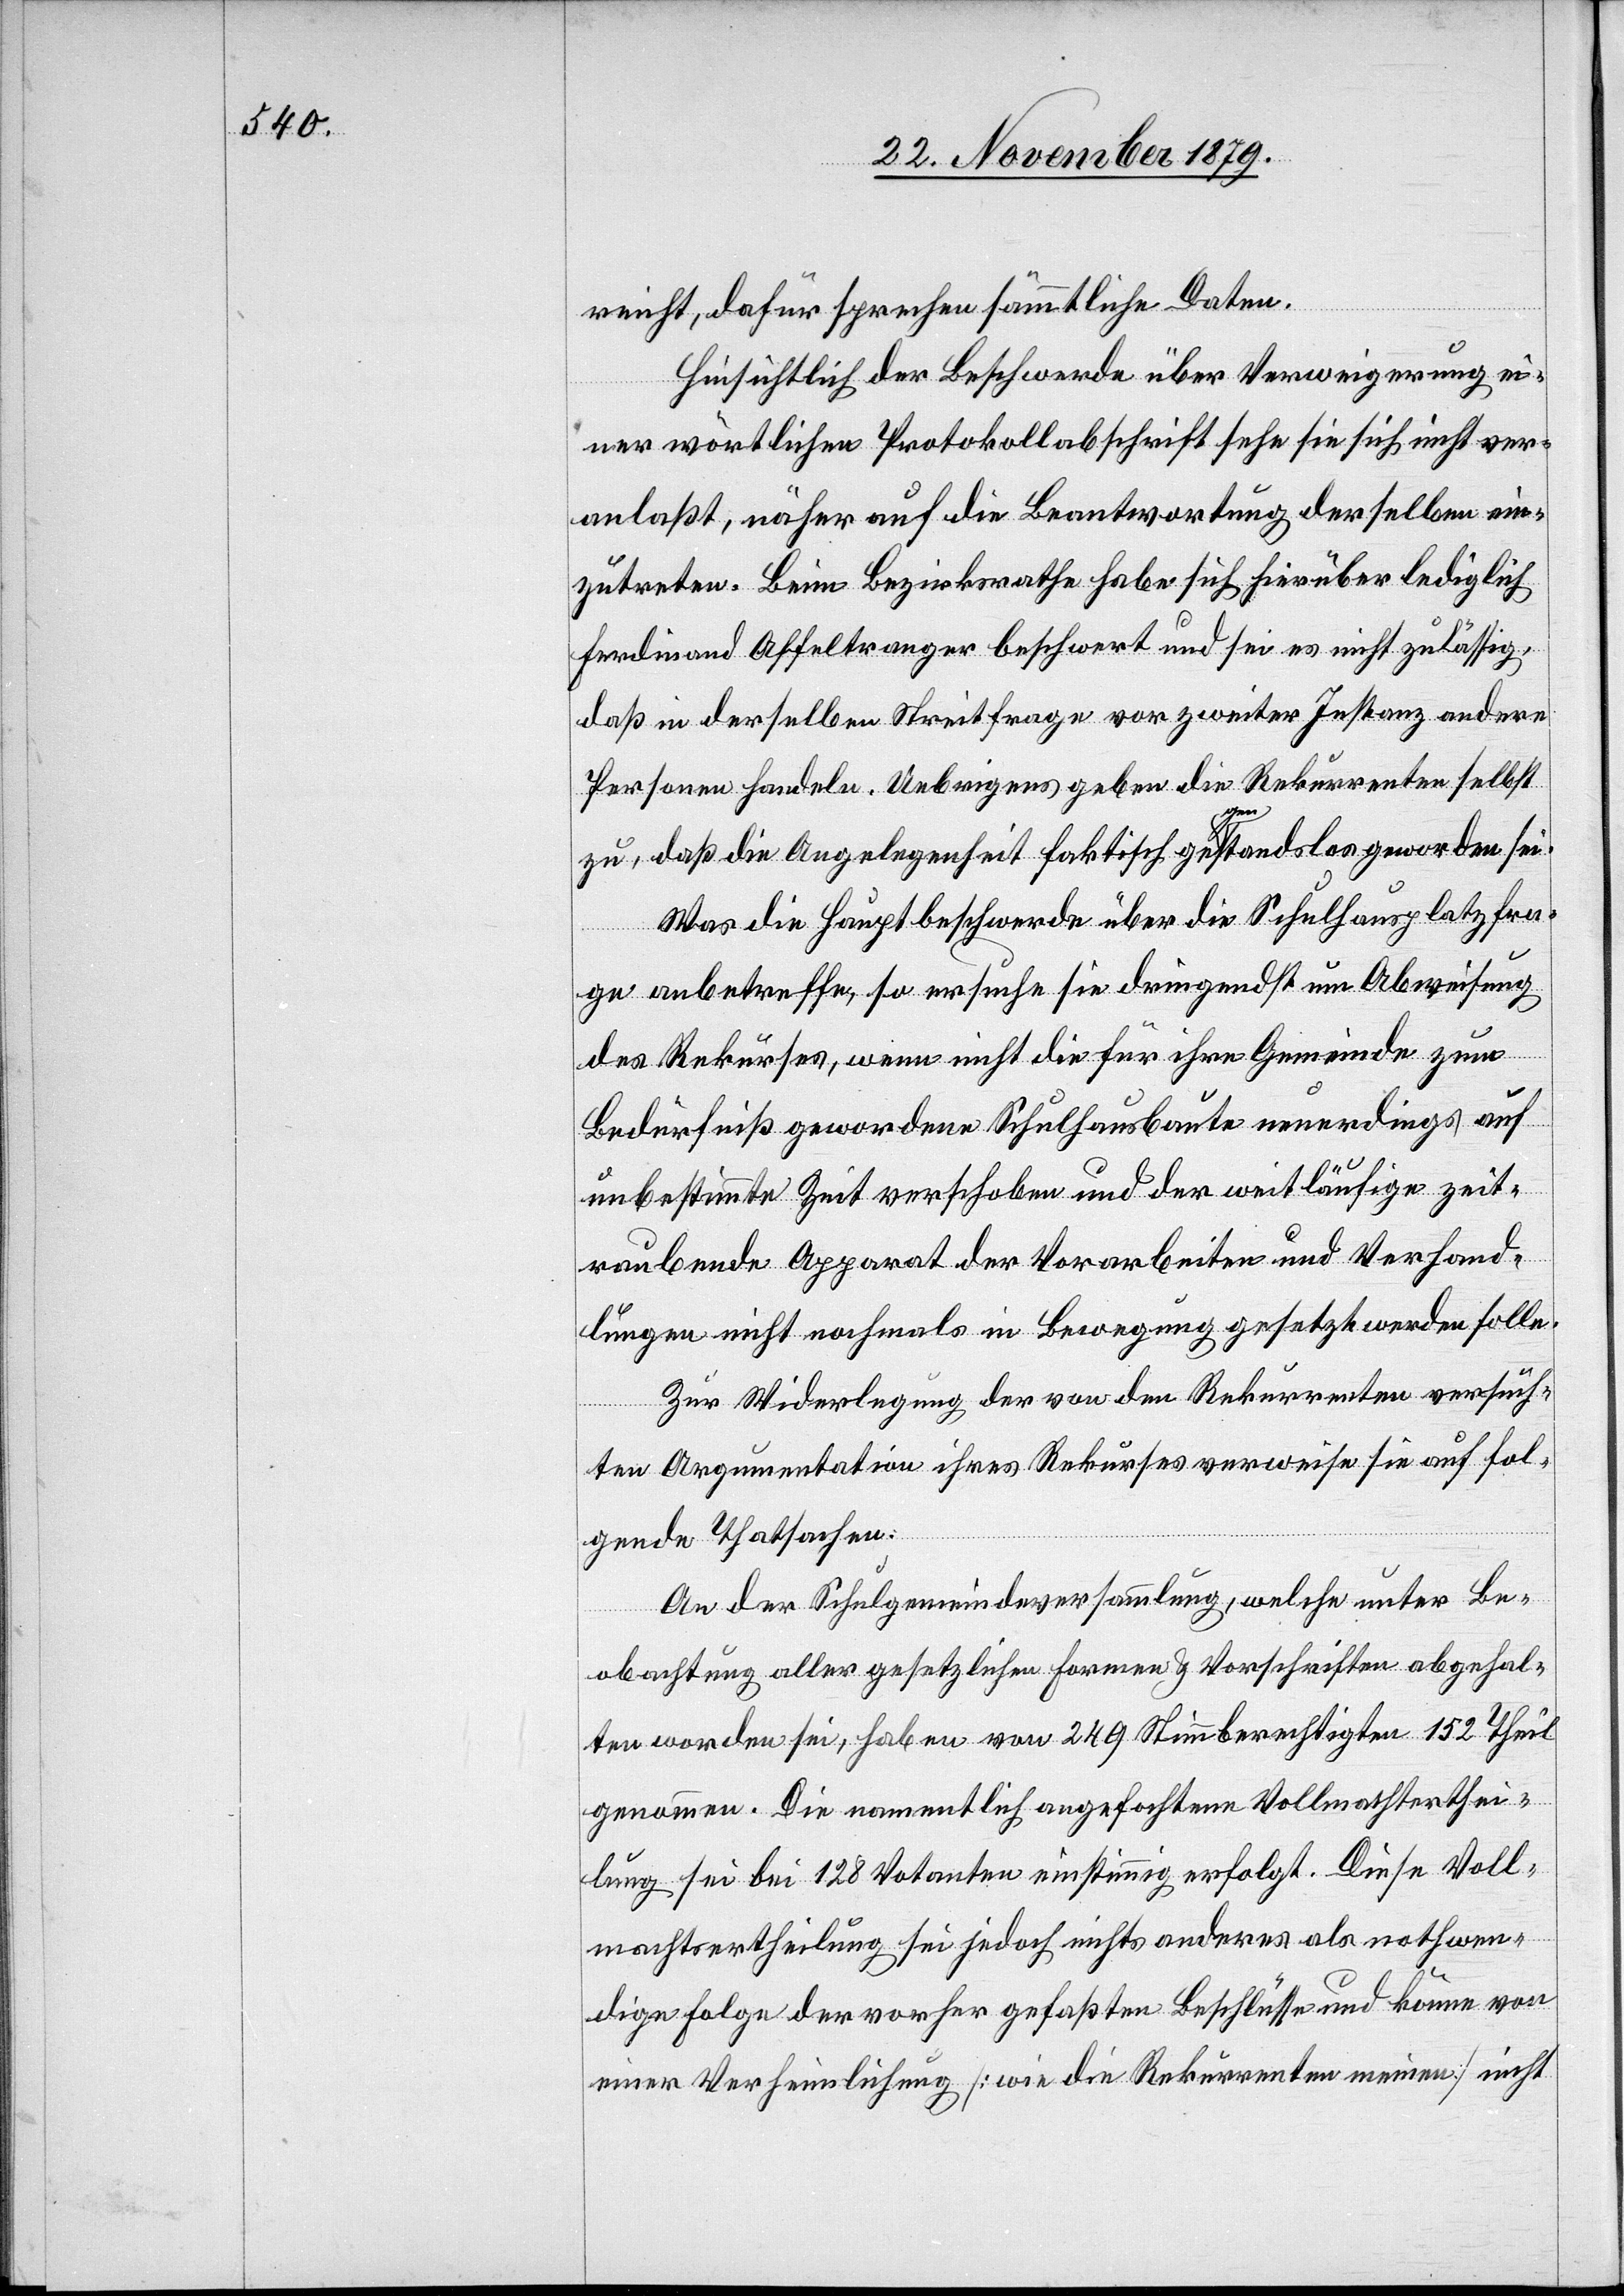
reicht, dafür sprechen sämmtliche Daten.
Hinsichtlich der Beschwerde über Verweigerung ei¬
ner wörtlichen Protokollabschrift sehe sie sich nicht ver¬
anlaßt, näher auf die Beantwortung derselben ein¬
zutreten. Beim Bezirksrathe habe sich hierüber lediglich
Ferdinand Affeltranger beschwert und sei es nicht zulässig,
daß in derselben Streitfrage vor zweiter Instanz andere
Personen handeln. Uebrigens gaben die Rekurrenten selbst
zu, daß die Angelegenheit faktisch gegenstandslos geworden sei.
Was die Hauptbeschwerde über die Schulhausplatzfra¬
ge anbetreffe, so ersuche sie dringendst um Abweisung
des Rekurses, wenn nicht die für ihre Gemeinde zum
Bedürfniß gewordene Schulhausbaute neuerdings auf
unbestimmte Zeit verschoben und der weitläufige zeit¬
raubende Apparat der Vorarbeiten und Verhand¬
lungen nicht nochmals in Bewegung gesetzt werden solle.
Zur Widerlegung der von den Rekurrenten versuch¬
ten Argumentation ihres Rekurses verweise sie auf fol¬
gende Thatsachen:
An der Schulgemeindeversammlung, welche unter Be¬
obachtung aller gesetzlichen Formen & Vorschriften abgehal¬
ten worden sei, haben von 249 Stimmberechtigten 152 Theil
genommen. Die namentlich angefochtene Vollmachterthei¬
lung sei bei 128 Votanten einstimmig erfolgt. Diese Voll¬
machtsertheilung sei jedoch nichts anderes als nothwen¬
dige Folge der vorher gefaßten Beschlüsse und könne von
einer Verheimlichung [wie die Rekurrenten meinen] nicht